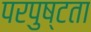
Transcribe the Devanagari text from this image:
परपुष्टता